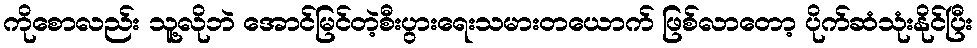
ကိုစောလည်း သူ့လိုဘဲ အောင်မြင်တဲ့စီးပွားရေးသမားတယောက် ဖြစ်လာတော့ ပိုက်ဆံသုံးနိုင်ပြီး